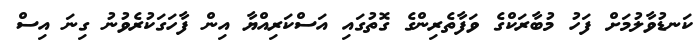
ކަނޑުވާލުމަށް ފަހު މުބާރަކްގެ ވަފާތެރިންގެ ގޮތުގައި އަސްކަރިއްޔާ އިން ފާހަގަކުރެވުނު ގިނަ އިސް